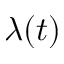
\lambda ( t )